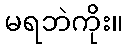
မရဘဲကိုး။